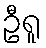
ဦရူ